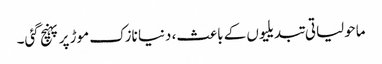
ماحولیاتی تبدیلیوں کے باعث، دنیا نازک موڑ پر پہنچ گئی۔